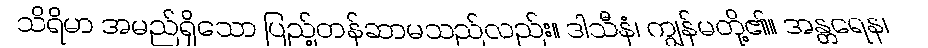
သိရိမာ အမည်ရှိသော ပြည့်တန်ဆာမသည်လည်း။ ဒါသီနံ၊ ကျွန်မတို့၏။ အန္တရေန၊